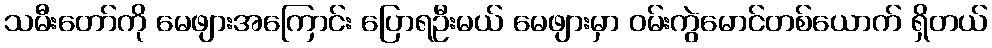
သမီးတော်ကို မေဖျားအကြောင်း ပြောရဦးမယ် မေဖျားမှာ ဝမ်းကွဲမောင်တစ်ယောက် ရှိတယ်